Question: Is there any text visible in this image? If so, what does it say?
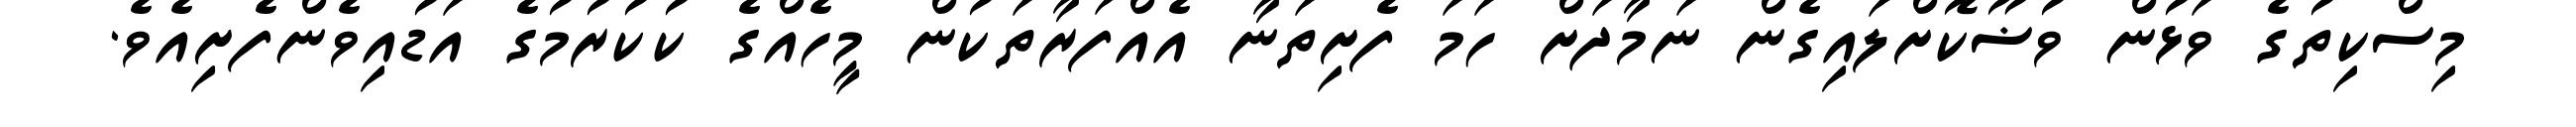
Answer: މިސްކިތުގެ ވަޅުން ވުޟޫކޮށްލައިގެން ނަމާދަށް ހަމަ ފެށިތަނާ އެއްފަރާތަކުން މީހެއްގެ ކުކުރުމުގެ އަޑުއިވެންފެށިއެވެ.